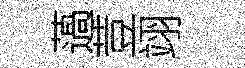
薖荳翊